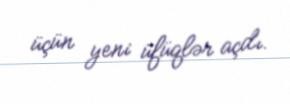
üçün yeni üfüqlər açdı.